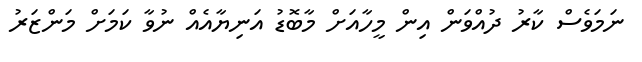
ނަމަވެސް ކާރު ދުއްވަން އިން މީހާއަށް މާބޮޑު އަނިޔާއެއް ނުވާ ކަމަށް މަންޒަރު